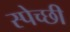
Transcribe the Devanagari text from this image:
स्पेच्छी